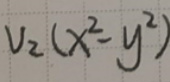
$v_{z}(x^{2}-y^{2})$